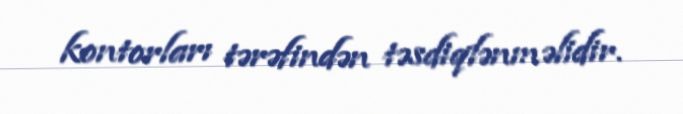
kontorları tərəfindən təsdiqlənməlidir.